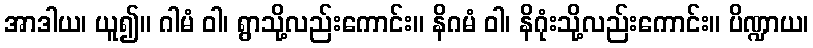
အာဒါယ၊ ယူ၍။ ဂါမံ ဝါ၊ ရွာသို့လည်းကောင်း။ နိဂမံ ဝါ၊ နိဂုံးသို့လည်းကောင်း။ ပိဏ္ဍာယ၊